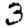
Digit: 3